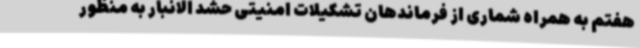
هفتم به همراه شماری از فرماندهان تشکیلات امنیتی حشد الانبار به منظور